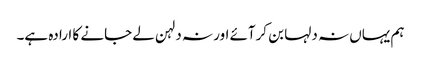
ہم یہاں نہ دلہا بن کرآئے اور نہ دلہن لے جانے کا ارادہ ہے۔